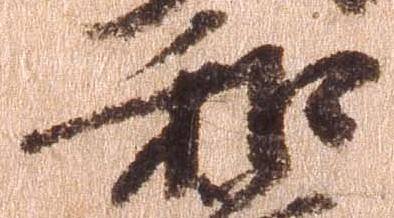
和